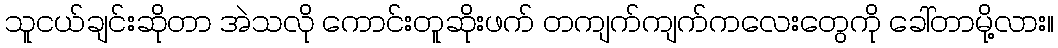
သူငယ်ချင်းဆိုတာ အဲသလို ကောင်းတူဆိုးဖက် တကျက်ကျက်ကလေးတွေကို ခေါ်တာမို့လား။